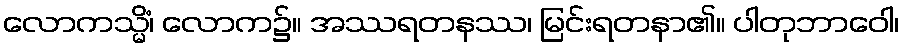
လောကသ္မိံ၊ လောက၌။ အဿရတနဿ၊ မြင်းရတနာ၏။ ပါတုဘာဝေါ၊